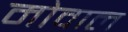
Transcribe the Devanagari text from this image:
मोवाल